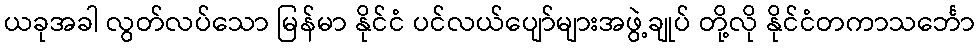
ယခုအခါ လွတ်လပ်သော မြန်မာ နိုင်ငံ ပင်လယ်ပျော်များအဖွဲ့ချုပ် တို့လို နိုင်ငံတကာသင်္ဘော